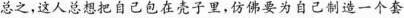
总之，这人总想把自己包在壳子里，仿佛要为自己制造一个套